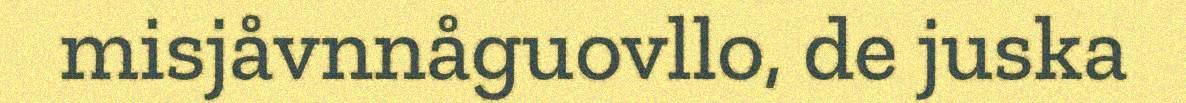
misjåvnnåguovllo, de juska